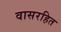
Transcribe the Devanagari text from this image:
वासरहित